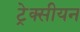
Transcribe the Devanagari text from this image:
ट्रेक्सीयन